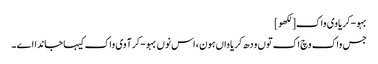
بہو-کریاوی واک[لکھو]
جس واک وچ اک توں ودھ کریاواں ہون ، اس نوں بہو-کرآوی واک کیہا جاندا اے ۔